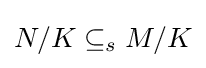
N/K\subseteq _{s}M/K